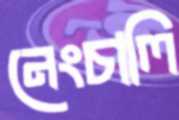
নেংচালি